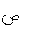
Letter: _dad